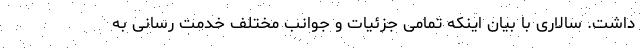
داشت. سالاری با بیان اینکه تمامی جزئیات و جوانب مختلف خدمت رسانی به